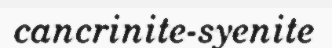
cancrinite-syenite